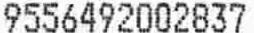
9556492002837